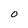
Character: o